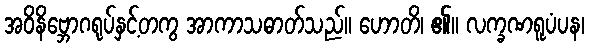
အဝိနိဗ္ဘောဂရုပ်နှင့်တကွ အာကာသဓာတ်သည်။ ဟောတိ၊ ၏။ လက္ခဏရူပံပန၊